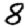
Digit: 8